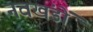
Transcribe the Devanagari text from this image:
नवखंडों